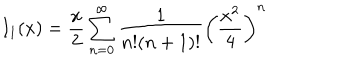
I _ { 1 } ( x ) = \frac { x } { 2 } \sum _ { n = 0 } ^ { \infty } \frac { 1 } { n ! ( n + 1 ) ! } \left( \frac { x ^ { 2 } } { 4 } \right) ^ { n }